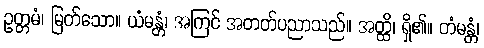
ဥတ္တမံ၊ မြတ်သော။ ယံမန္တံ၊ အကြင် အတတ်ပညာသည်။ အတ္ထိ၊ ရှိ၏။ တံမန္တံ၊